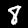
Label: 8